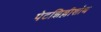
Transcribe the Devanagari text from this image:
पेटझिल्लीशोथ